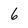
Character: 6